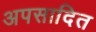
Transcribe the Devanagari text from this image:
अपसादित